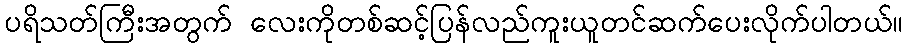
ပရိသတ်ကြီးအတွက် လေးကိုတစ်ဆင့်ပြန်လည်ကူးယူတင်ဆက်ပေးလိုက်ပါတယ်။